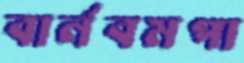
বার্নবমপা